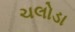
ચલોડા